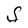
Character: S